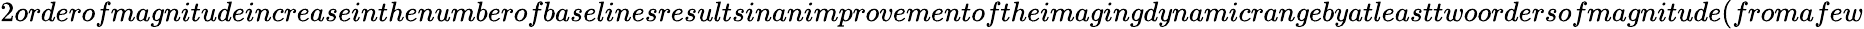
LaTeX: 2orderofmagnitudeincreaseinthenumberofbaselinesresultsinanimprovementoftheimagingdynamicrangebyatleasttwoordersofmagnitude(fromafew